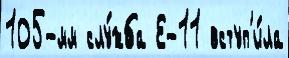
105-мм слу́жба Е-11 вступ'и́ла